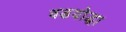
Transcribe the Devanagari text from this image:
वडयोद्धा